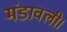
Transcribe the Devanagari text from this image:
मंडावली।